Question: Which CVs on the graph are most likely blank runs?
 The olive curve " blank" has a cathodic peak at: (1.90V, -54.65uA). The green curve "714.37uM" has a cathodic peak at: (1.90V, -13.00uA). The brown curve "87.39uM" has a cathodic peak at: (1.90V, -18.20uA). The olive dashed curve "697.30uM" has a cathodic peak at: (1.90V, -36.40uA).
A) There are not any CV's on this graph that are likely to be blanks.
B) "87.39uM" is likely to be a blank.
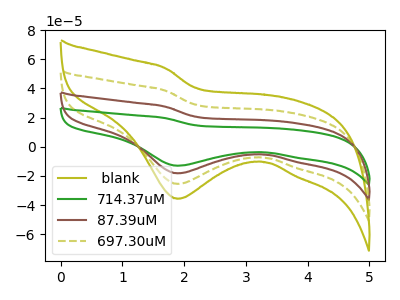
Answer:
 <answer>A) There are not any CV's on this graph that are likely to be blanks.</answer>
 <eval>A</eval>